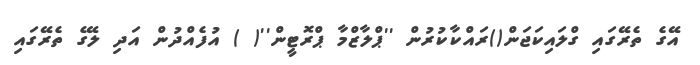
އޭގެ ތެރޭގައި ގްލައިކަޖަން()ރައްކާކުރުން ''ޕްލާޒްމާ ޕްރޮޓީން''( ) އުފެއްދުން އަދި ލޭގެ ތެރޭގައި